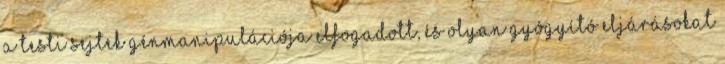
a testi sejtek génmanipulációja elfogadott, és olyan gyógyító eljárásokat